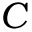
C